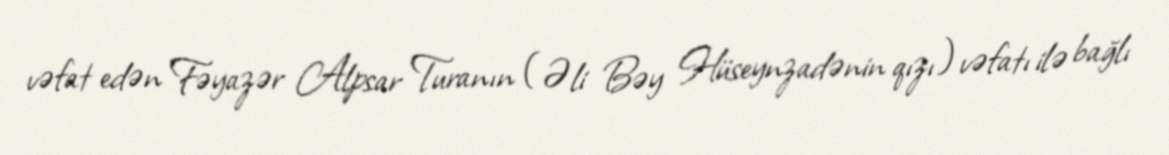
vəfat edən Fəyazər Alpsar Turanın (Əli Bəy Hüseynzadənin qızı) vəfatı ilə bağlı